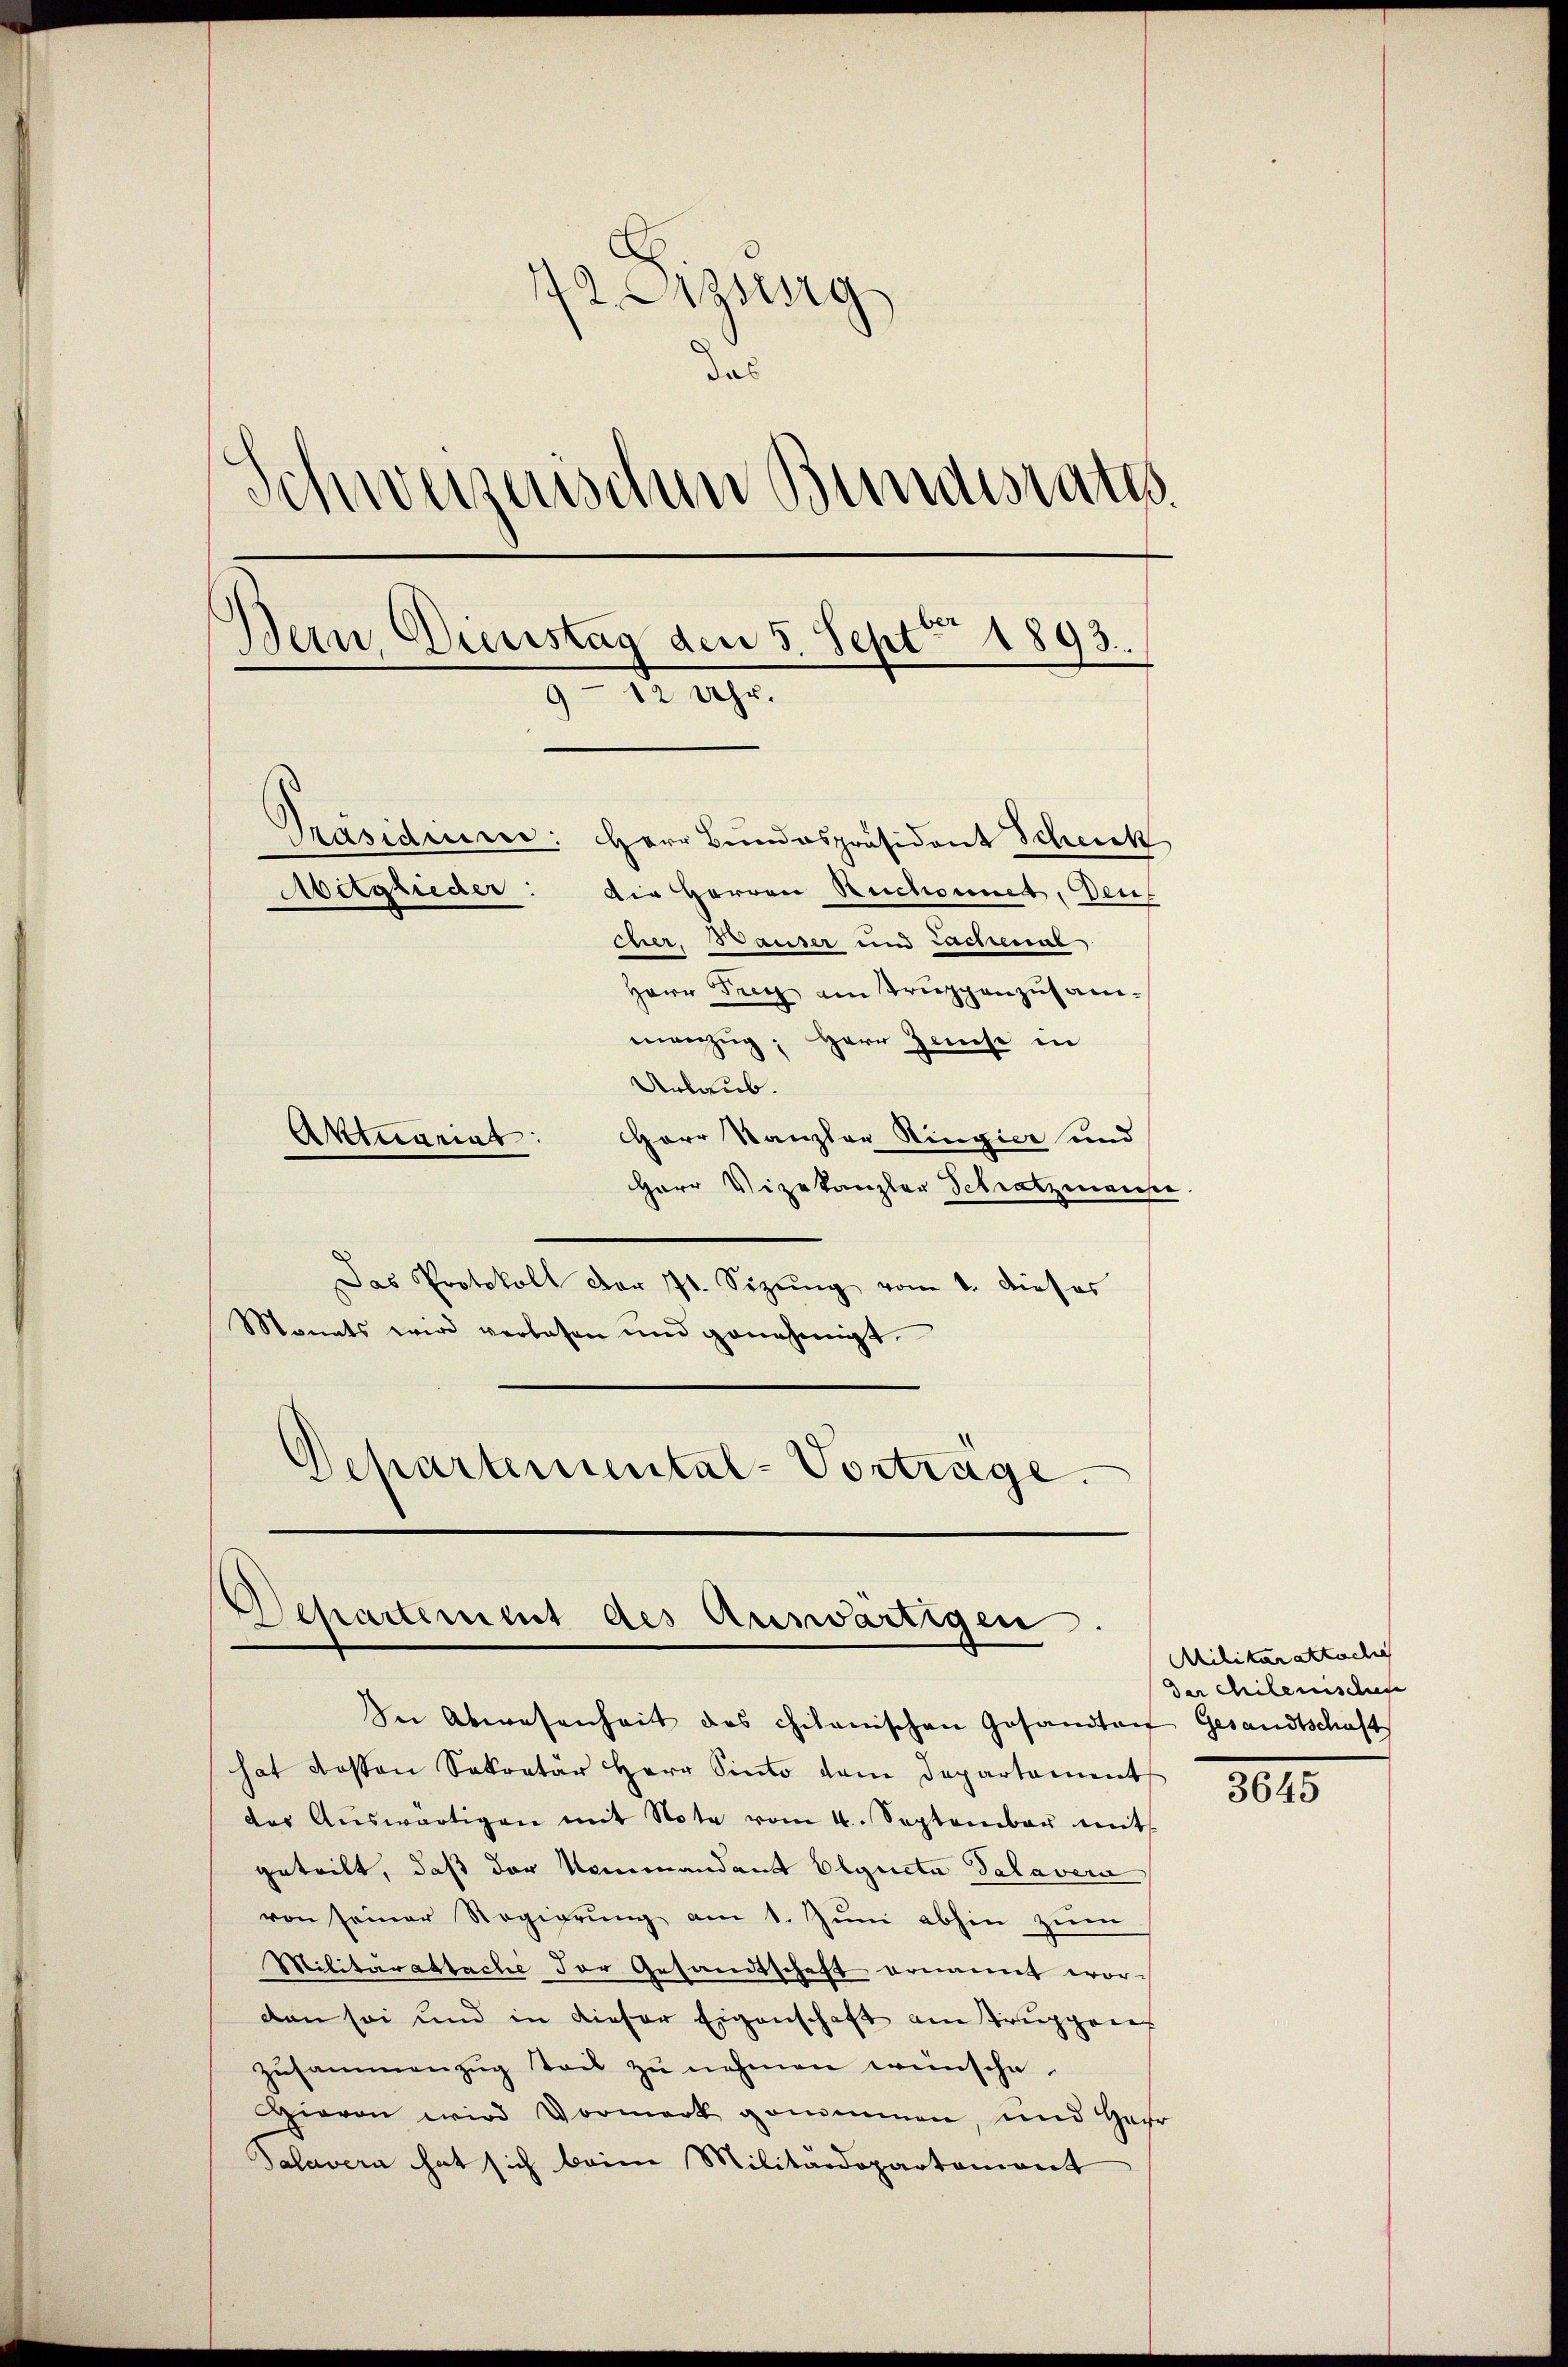
172. Dizsg
das
d
weizerischen Bundesrath
Dein Dunstag den 5. Sept. 1893.
9 - 12 Uhr.
Präsidiener: Herr Bundespräsident Scheick
Abitglieder: Die Herren Reichnet, Deut
cher, Bauser und Lachenal
Herr Frey am Truppenzusammanzug, Herr Zinse in

Urlaub.
HHerr Kanzler Ringier und
Herr Vizekanzler Schratzmanse
Das Protokoll der 7t. Sizŭng vom 1. dieser
Monats wird verlesen und genehmigt.
Schartemental-Vortrage

Aktuariat

Departement des Auswärtigen.

Se Abwesenheit des citanischen Gesandten Gesandtschaft
hat desten Sokratar Herr Sinto dem Departament
des Aŭswärtigen mit Note vom 4. September mit
geteilt, daß der Nommandant Olgucta Palavera
von seiner Regierŭng am 1. Jŭni abhin zŭm
Militärattache der Gesandtschaft ernannt wor-
den sei und in dieser Eigenschaft am Truppenes
Zŭsammenzŭg teil zŭ nehmen wünsche.
Hievon wird Vormerk genommen, und Gar
Salavern hat sich beim Militärdepartement

Militärattoche
Der chilenischen

3645